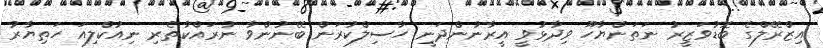
އިޒްރޭލްގެ ބޮޑުވަޒީރު ނަތަންޔާހޫ ވިދާޅުވީ އީރާނުންދަނީ ހާސިލްކުރަން ބޭނުންވާ ނުރައްކާތެރި ނިއުކްލިއަ ހަތިޔާރު